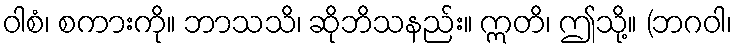
ဝါစံ၊ စကားကို။ ဘာသသိ၊ ဆိုဘိသနည်း။ ဣတိ၊ ဤသို့။ (ဘဂဝါ၊